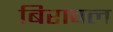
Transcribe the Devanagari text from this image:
बिरावल